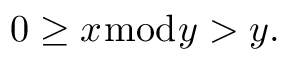
0 \geq x { \bmod { y } } > y .